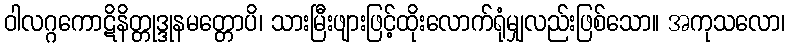
ဝါလဂ္ဂကောဋိနိတ္တုဒ္ဒုနမတ္တောပိ၊ သားမြီးဖျားဖြင့်ထိုးလောက်ရုံမျှလည်းဖြစ်သော။ အကုသလော၊